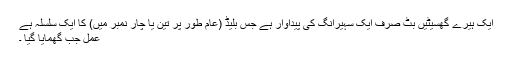
ایک ہیرے گھسیٹیں بٹ صرف ایک سہیرانگ کی پیداوار ہے جس بلیڈ (عام طور پر تین یا چار نمبر میں) کا ایک سلسلہ ہے
عمل جب گھمایا گیا ۔